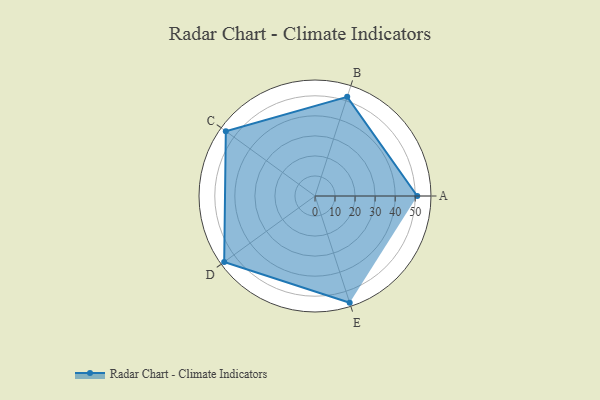
{"axis": {"x": "Skill", "y": "Score"}, "legend": ["Profile"], "data": [{"x": "A", "y": 51.0, "type": "Profile"}, {"x": "B", "y": 52.0, "type": "Profile"}, {"x": "C", "y": 55.0, "type": "Profile"}, {"x": "D", "y": 56.0, "type": "Profile"}, {"x": "E", "y": 56.0, "type": "Profile"}]}